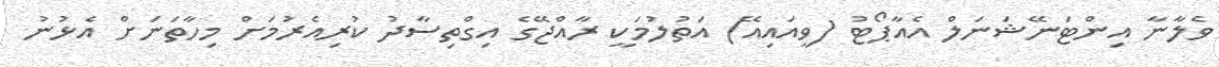
ވެލާނާ އިންޓަނޭޝަނަލް އެއާޕޯޓު (ވީއައިއޭ) އަތުލުމަކީ ރާއްޖޭގެ އިގްތިސާދު ކުރިއެރުމަށް މިހާތަނަށް އެޅުނު